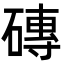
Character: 磚